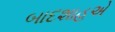
બાદશાહએ